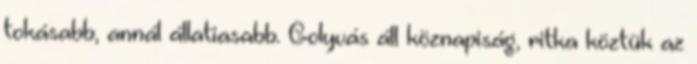
tokásabb, annál állatiasabb. Golyvás áll köznapiság, ritka köztük az